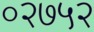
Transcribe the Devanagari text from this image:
०२७५२